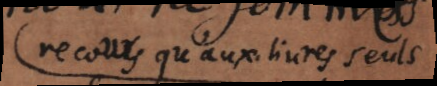
recours qu’aux livres seuls